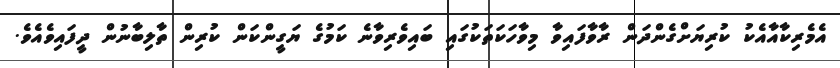
އެމެރިކާއާއެކު ކުރިޔަށްގެންދަން ރާވާފައިވާ މިވާހަކަތަކުގައި ބައިވެރިވާނެ ކަމުގެ ޔަގީންކަން ކުރިން ތާލިބާނުން ދީފައިވެއެވެ.